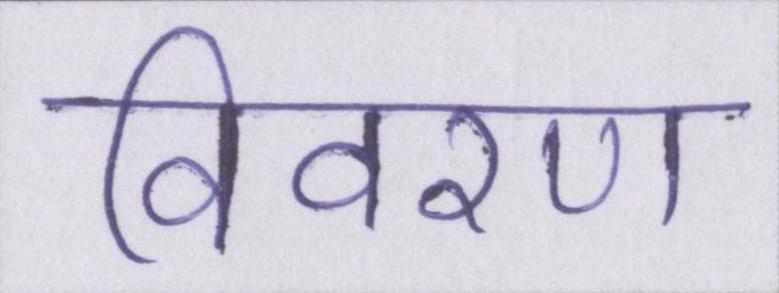
विवरण